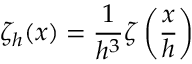
\zeta _ { h } ( x ) = \frac { 1 } { h ^ { 3 } } \zeta \left( \frac { x } { h } \right)